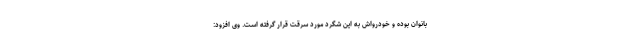
بانوان بوده و خودرواش به این شگرد مورد سرقت قرار گرفته است. وی افزود: